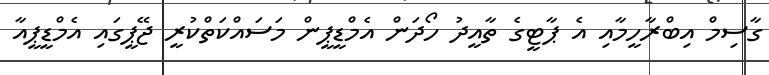
ގާސިމް އިބްރާހީމާއި އެ ޕާޓީގެ ތާއީދު ހޯދަން އެމްޑީޕީން މަސައްކަތްކުރީ ޖޭޕީގައި އެމްޑީޕީއާ